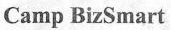
Camp BizSmart